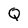
Character: Q